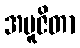
အပူဇိတာ